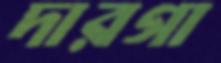
দারগা